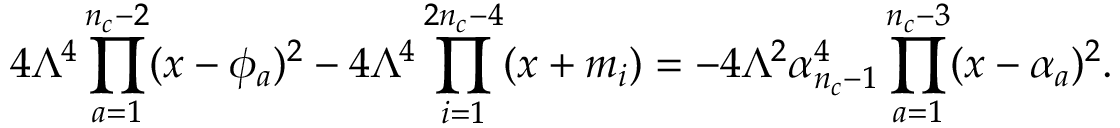
4 \Lambda ^ { 4 } \prod _ { a = 1 } ^ { n _ { c } - 2 } ( x - \phi _ { a } ) ^ { 2 } - 4 \Lambda ^ { 4 } \prod _ { i = 1 } ^ { 2 n _ { c } - 4 } ( x + m _ { i } ) = - 4 \Lambda ^ { 2 } \alpha _ { n _ { c } - 1 } ^ { 4 } \prod _ { a = 1 } ^ { n _ { c } - 3 } ( x - \alpha _ { a } ) ^ { 2 } .